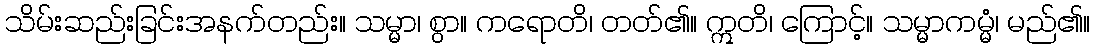
သိမ်းဆည်းခြင်းအနက်တည်း။ သမ္မာ၊ စွာ။ ကရောတိ၊ တတ်၏။ ဣတိ၊ ကြောင့်။ သမ္မာကမ္မံ၊ မည်၏။